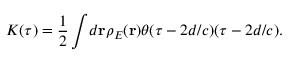
K ( \tau ) = \frac { 1 } { 2 } \int \! d \mathbf { r } \rho _ { E } ( \mathbf { r } ) \theta ( \tau - 2 d / c ) ( \tau - 2 d / c ) .